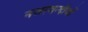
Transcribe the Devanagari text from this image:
नजरबन्दीयों